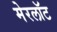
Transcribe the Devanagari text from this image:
मेरलॉट